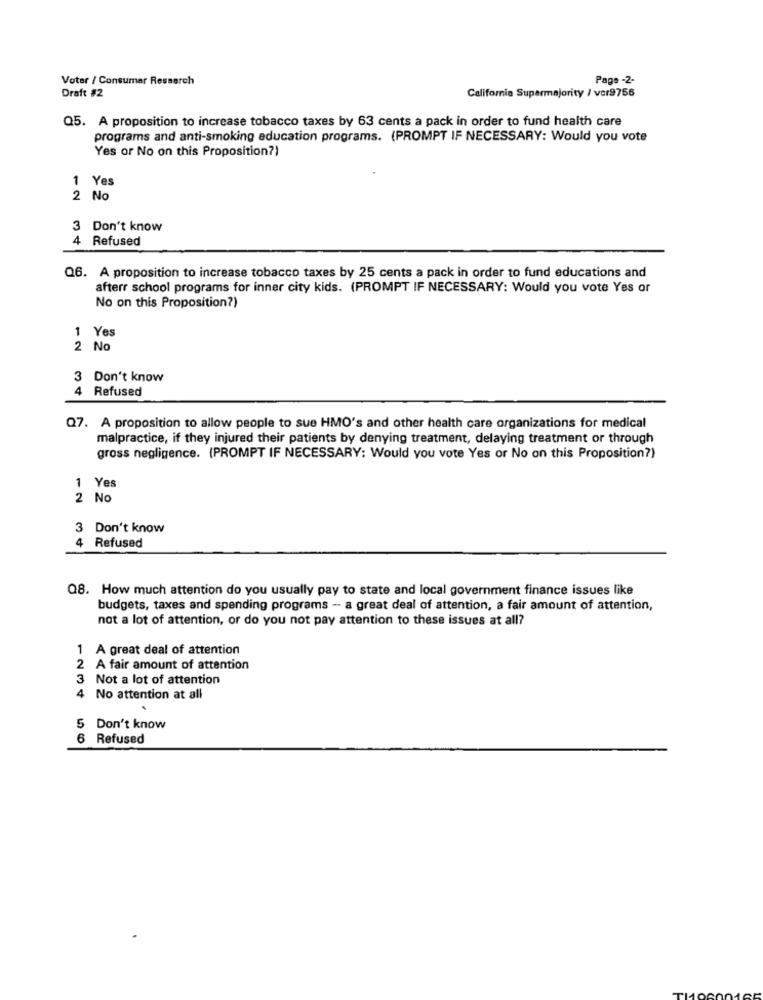
Voter / Consumer Research
Page -2-
Draft #2
California Supermajority / vor9756
Q5. A proposition to increase tobacco taxes by 63 cents a pack in order to fund health care
programs and anti-smoking education programs. (PROMPT IF NECESSARY: Would you vote
Yes or No on this Proposition?)
1 Yes
2 No
3 Don't know
4 Refused
Q6. A proposition to increase tobacco taxes by 25 cents a pack in order to fund educations and
afterr school programs for inner city kids. (PROMPT IF NECESSARY: Would you vote Yes or
No on this Proposition?)
1 Yes
2 No
3 Don't know
4
Refused
Q7. A proposition to allow people to sue HMO's and other health care organizations for medical
malpractice, if they injured their patients by denying treatment, delaying treatment or through
gross negligence. (PROMPT IF NECESSARY: Would you vote Yes or No on this Proposition?)
1 Yes
2 No
3 Don't know
4 Refused
Q8. How much attention do you usually pay to state and local government finance issues like
budgets, taxes and spending programs -- a great deal of attention, a fair amount of attention,
not a lot of attention, or do you not pay attention to these issues at all?
1 A great deal of attention
2 A fair amount of attention
3 Not a lot of attention
4
No attention at all
5 Don't know
6 Refused